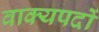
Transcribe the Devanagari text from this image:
वाक्यपदों